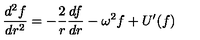
\frac { d ^ { 2 } f } { d r ^ { 2 } } = - \frac { 2 } { r } \frac { d f } { d r } - \omega ^ { 2 } f + U ^ { \prime } ( f )